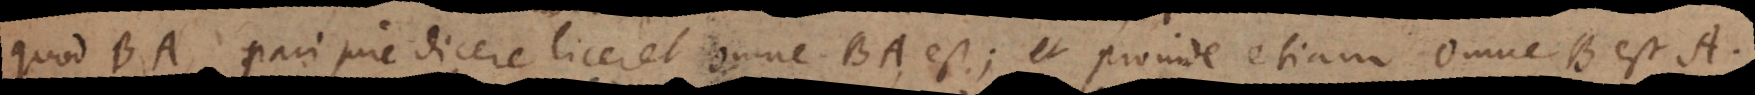
i jure dicere liceret Omne BA, est; et proinde etiam Omne B est Al